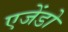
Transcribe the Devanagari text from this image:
एजेंडो